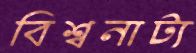
বিশ্বনাট্য